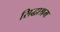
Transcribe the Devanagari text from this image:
सिद्धाश्रम